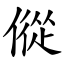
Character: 傱